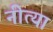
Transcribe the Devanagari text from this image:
नीत्या